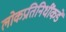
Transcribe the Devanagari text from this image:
लोकप्रतिनिधींकडे